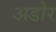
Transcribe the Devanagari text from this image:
अडोर